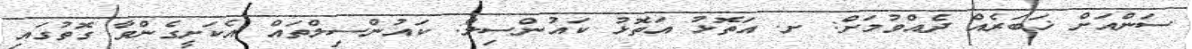
ސަންއަށް ޚަބަރެއް ދެއްވުމަށް: ށ. އަތޮޅު އަތޮޅު ކައުންސިލް: ކައުންސިލްތައް އެކަށީގެންވާ ގޮތުގައި